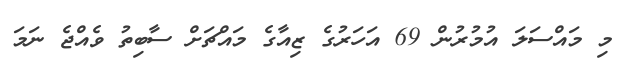
މި މައްސަލަ އުުމުރުން 69 އަހަރުގެ ޒިއާގެ މައްޗަށް ސާބިތު ވެއްޖެ ނަމަ